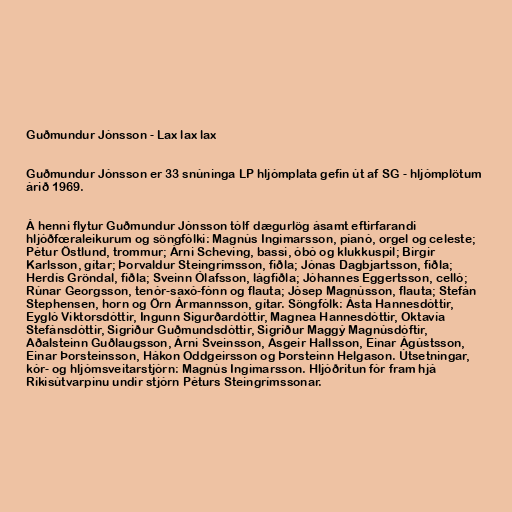
Guðmundur Jónsson - Lax lax lax

Guðmundur Jónsson er 33 snúninga LP hljómplata gefin út af SG - hljómplötum
árið 1969.

Á henni flytur Guðmundur Jónsson tólf dægurlög ásamt eftirfarandi
hljóðfœraleikurum og söngfólki: Magnús Ingimarsson, píanó, orgel og celeste;
Pétur Östlund, trommur; Árni Scheving, bassi, óbó og klukkuspil; Birgir
Karlsson, gítar; Þorvaldur Steingrímsson, fiðla; Jónas Dagbjartsson, fiðla;
Herdís Gröndal, fiðla; Sveinn Ólafsson, lágfiðla; Jóhannes Eggertsson, celló;
Rúnar Georgsson, tenór-saxó-fónn og flauta; Jósep Magnússon, flauta; Stefán
Stephensen, horn og Örn Ármannsson, gítar. Söngfólk: Ásta Hannesdóttir,
Eygló Viktorsdóttir, Ingunn Sigurðardóttir, Magnea Hannesdóttir, Oktavía
Stefánsdóttir, Sigriður Guðmundsdóttir, Sigríður Maggý Magnúsdóftir,
Aðalsteinn Guðlaugsson, Árni Sveinsson, Ásgeir Hallsson, Einar Ágústsson,
Einar Þorsteinsson, Hákon Oddgeirsson og Þorsteinn Helgason. Útsetningar,
kór- og hljómsveitarstjórn: Magnús Ingimarsson. Hljóðritun fór fram hjá
Ríkisútvarpinu undir stjórn Péturs Steingrímssonar.